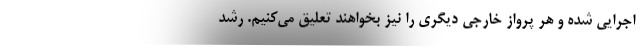
اجرایی شده و هر پرواز خارجی دیگری را نیز بخواهند تعلیق می‌کنیم. رشد